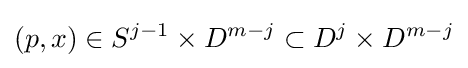
(p,x)\in S^{j-1}\times D^{m-j}\subset D^{j}\times D^{m-j}